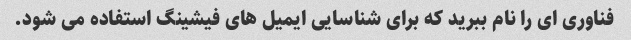
فناوری ای را نام ببرید که برای شناسایی ایمیل های فیشینگ استفاده می شود.